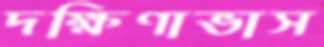
দক্ষিণাভাস